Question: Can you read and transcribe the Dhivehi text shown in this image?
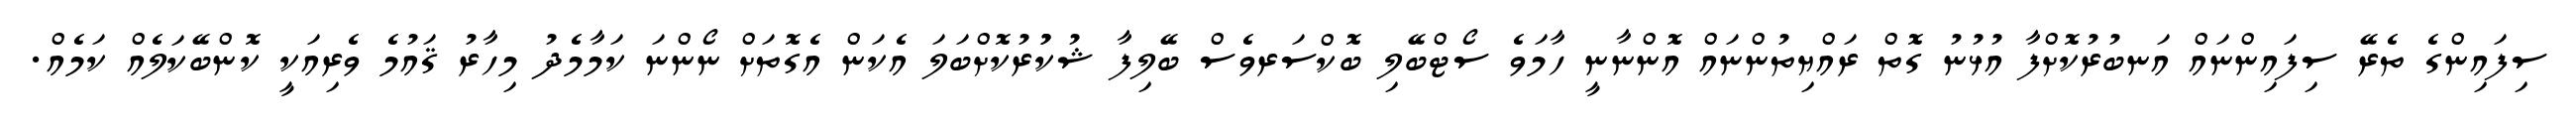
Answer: ސިފައިންގެ ތެރޭ ސިފައިންނައް އަނބުރުކޮށްފާ އުޅުނު ގޮތް ރައްޔިތުންނައް އޮންނާނީ ހާމަވެ ސޯޓްބޭލި ބޮކްސަރވެސް ބޭލިފާ ޝުކުުރުކޮށްބަލަ އެކަން އެގޮތަށް ނޯންނަ ކަމާމެދު މިހާރު ޤައުމެ ވެރިއަކީ ކޮންބޭކަލެއް ކަމެއް.